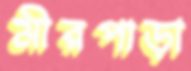
মীরপাড়া